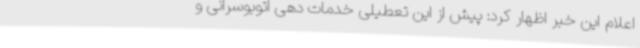
اعلام این خبر اظهار کرد: پیش از این تعطیلی خدمات دهی اتوبوسرانی و